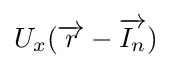
{\textstyle U_{x}({\overrightarrow {r}}-{\overrightarrow {I_{n}}})}